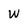
Character: w